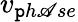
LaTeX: v_{\mathtt{p}h\mathscr{A}se}